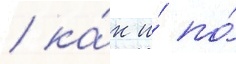
/ ка́к и́ по́